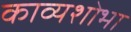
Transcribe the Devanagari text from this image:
काव्यशोभा